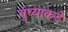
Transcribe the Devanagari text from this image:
बुंध्याकडे